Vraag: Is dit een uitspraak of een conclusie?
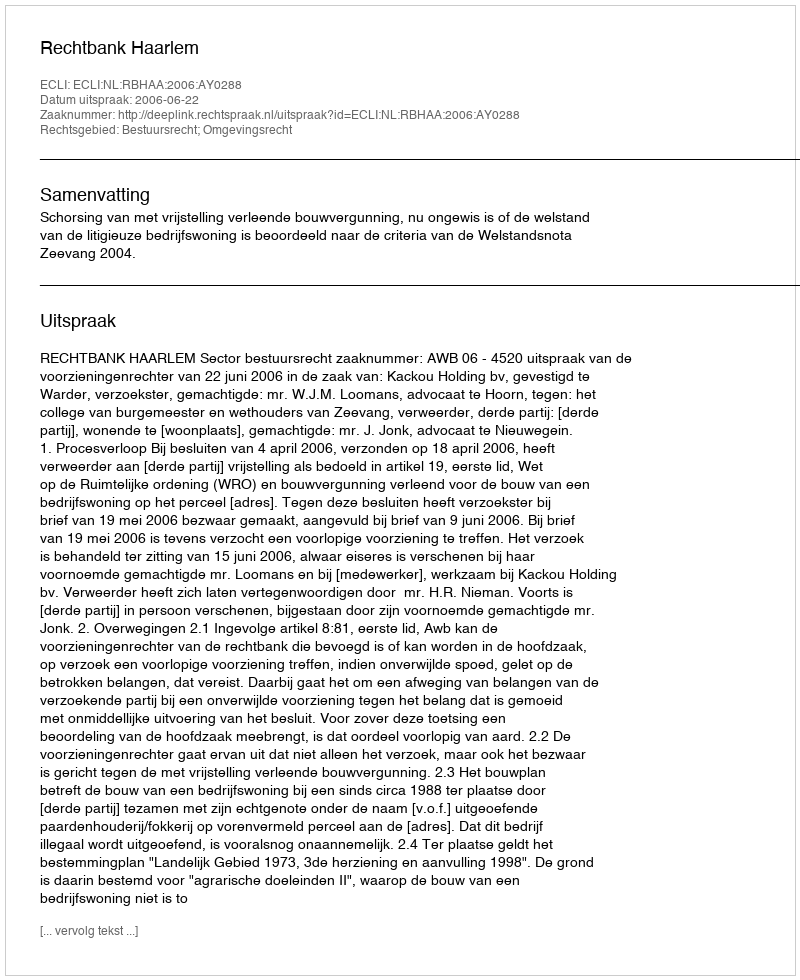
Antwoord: Uitspraak